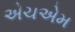
એચએમ